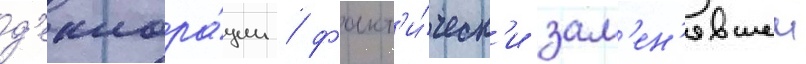
д'еклара́ции / факт'и́ческ'и зам'ен'явшеи